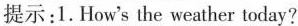
提示：1.How's the weather today?